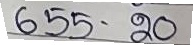
655 - 20